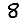
Digit: 8